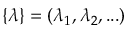
\{ \lambda \} = ( \lambda _ { 1 } , \lambda _ { 2 } , . . . )